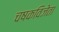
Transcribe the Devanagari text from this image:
चषकविजेता